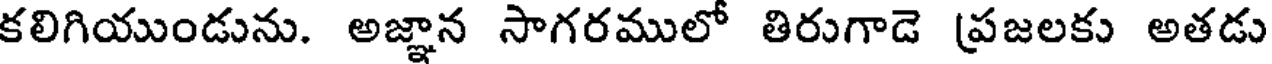
కలిగియుండును. అజ్ఞాన సాగరములో తిరుగాడె ప్రజలకు అతడు